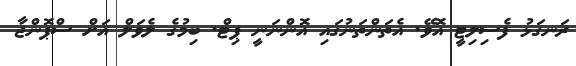
ރަނގަޅު ފެސިލިޓީ އޮވޭ. އެތަންތަނުގައި އޮންނަނީ ޕިޓް. ބިމުގެ ލެވަލް އަށް ސްޕޮންޖާ